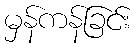
မှန်ကန်ခြင်း